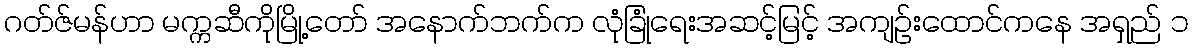
ဂတ်ဇ်မန်ဟာ မက္ကဆီကိုမြို့တော် အနောက်ဘက်က လုံခြုံရေးအဆင့်မြင့် အကျဉ်းထောင်ကနေ အရှည် ၁